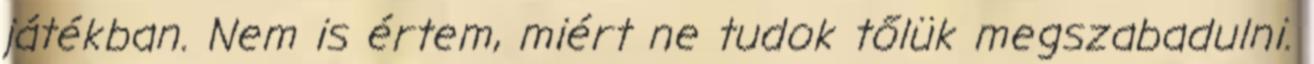
játékban. Nem is értem, miért ne tudok tőlük megszabadulni.